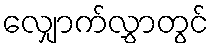
လျှောက်လွှာတွင်